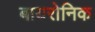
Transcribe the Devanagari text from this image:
बायरोनिक